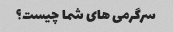
سرگرمی های شما چیست؟